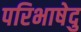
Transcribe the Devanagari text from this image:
परिभाषेदु